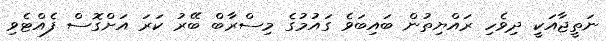
ނަތީޖާއަކީ ދިވެހި ރައްޔިތުން ބައިބަވެ ގައުމުގެ މިސްރާބް ބޭރު ކަރަ އަށްގޮސް ފެއްޓެވި